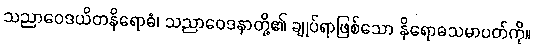
သညာဝေဒယိတနိရောဓံ၊ သညာဝေဒနာတို့၏ ချုပ်ရာဖြစ်သော နိရောဓသမာပတ်ကို။